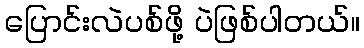
ပြောင်းလဲပစ်ဖို့ ပဲဖြစ်ပါတယ်။